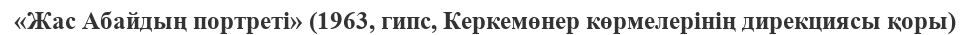
«Жас Абайдың портреті» (1963, гипс, Керкемөнер көрмелерінің дирекциясы қоры)